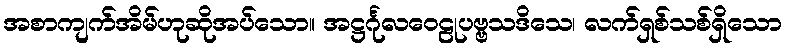
အစာကျက်အိမ်ဟုဆိုအပ်သော။ အဋ္ဌင်္ဂုလဝေဠုပဗ္ဗသဒိသေ၊ လက်ရှစ်သစ်ရှိသော